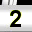
Digit: 2